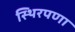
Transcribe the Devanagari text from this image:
स्थिरपणा